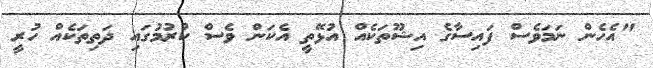
"އެހެން ނަމަވެސް ފައިސާގެ އިޝޫތަކެއް އުޅޭތީ އެކަން ވެސް ކުރުމުގައި ދަތިތަކެއް ހުރީ